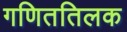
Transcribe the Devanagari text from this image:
गणिततिलक